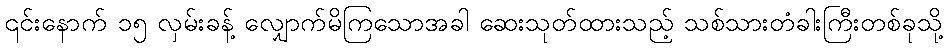
၎င်းနောက် ၁၅ လှမ်းခန့် လျှောက်မိကြသောအခါ ဆေးသုတ်ထားသည့် သစ်သားတံခါးကြီးတစ်ခုသို့